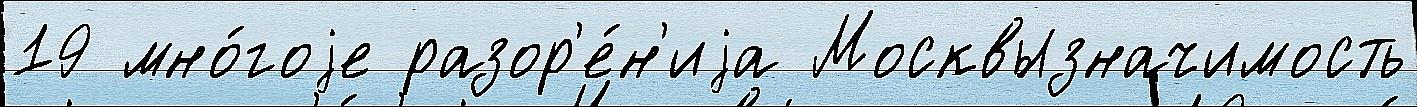
19 мно́гоjе разор'е́н'иjа Москвызначимость